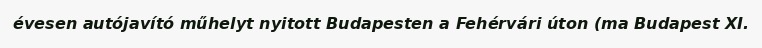
évesen autójavító műhelyt nyitott Budapesten a Fehérvári úton (ma Budapest XI.